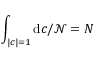
\int _ { | c | = 1 } { \mathrm { d } c } / { \mathcal { N } } = N